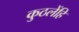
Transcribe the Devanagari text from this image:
कुठलेंहि